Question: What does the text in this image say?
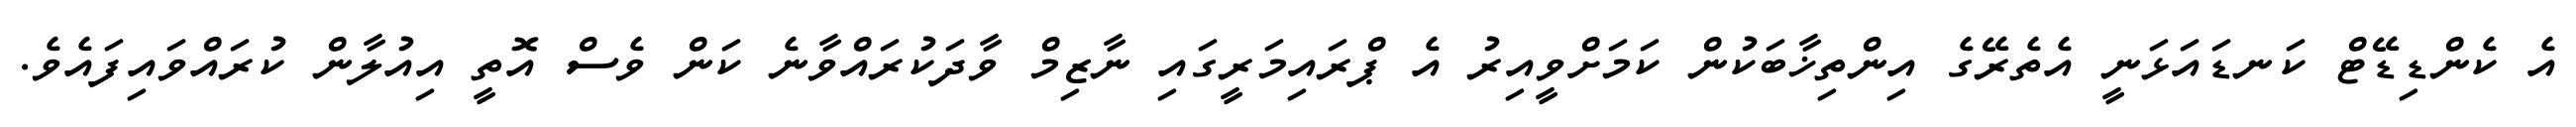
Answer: އެ ކެންޑިޑޭޓް ކަނޑައަޅަނީ އެތެރޭގެ އިންތިޚާބަކުން ކަމަށްވީއިރު އެ ޕްރައިމަރީގައި ނާޒިމް ވާދަކުރައްވާނެ ކަން ވެސް އޮތީ އިއުލާން ކުރައްވައިފައެވެ.